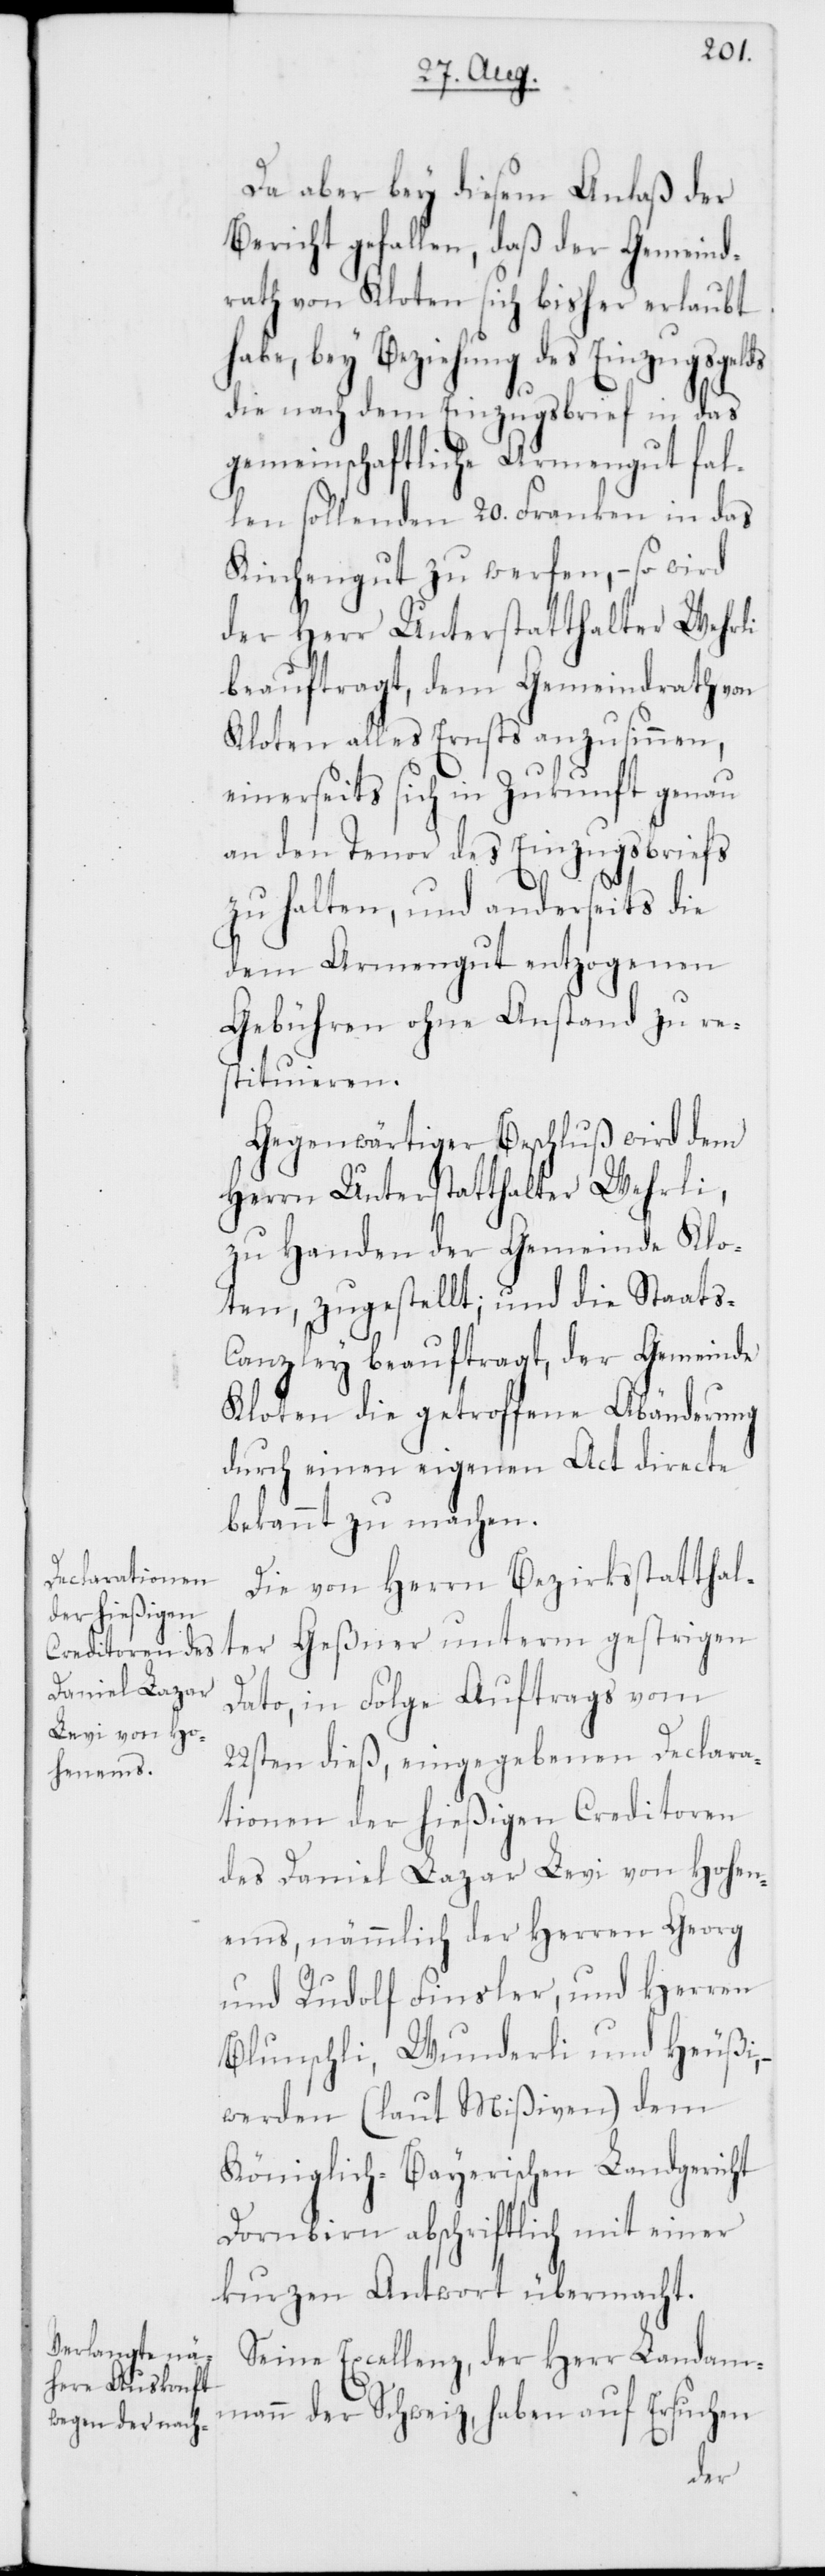
Da aber bey diesem Anlaß der
Bericht gefallen, daß der Gemeind¬
rath von Kloten sich bisher erlaubt
habe, bey Beziehung des Einzugsgelds
die nach dem Einzugsbrief in das
gemeinschaftliche Armengut fal¬
len sollenden 20. Franken in das
Kirchengut zu werfen, – so wird
der Herr Unterstatthalter Wehrli
beauftragt, dem Gemeindrath von
Kloten alles Ernsts anzusinnen,
einerseits sich in Zukunft genau
an den Tenor des Einzugsbriefs
zu halten, und anderseits die
dem Armengut entzogenen
Gebühren ohne Anstand zu re¬
stituieren.
Gegenwärtiger Beschluß wird dem
Herrn Unterstatthalter Wehrli,
zu Handen der Gemeinde Klo¬
ten, zugestellt; und die Staat¬
s-Canzley beauftragt, der Gemeinde
Kloten die getroffene Abänderung
durch einen eigenen Act directe
bekannt zu machen.
Die von Herrn Bezirksstatthal¬
ter Geßner unterm gestrigen
Dato, in Folge Auftrags vom
22sten dieß, eingegebenen Declara¬
tionen der hießigen Creditoren
des Daniel Lazar Levi von Hohen¬
ems, nämmlich der Herren Georg
und Rudolf Finsler, und Herren
Blunschli, Wunderli und Heußi,
werden (laut Mißiven) dem
Königlich-Bayerischen Landgericht
Dornbirn abschriftlich mit einer
kurzen Antwort übermacht.
Seine Excellenz, der Herr Landam¬
mann der Schweiz, haben auf Ersuchen